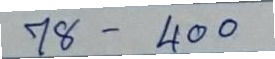
78 - 400